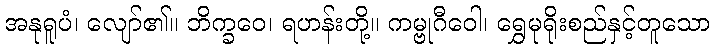
အနုရူပံ၊ လျော်၏။ ဘိက္ခဝေ၊ ရဟန်းတို့။ ကမ္ဗုဂီဝေါ၊ ရွှေမုရိုးစည်နှင့်တူသော